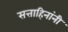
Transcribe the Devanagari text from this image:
सत्ताहिनांनी